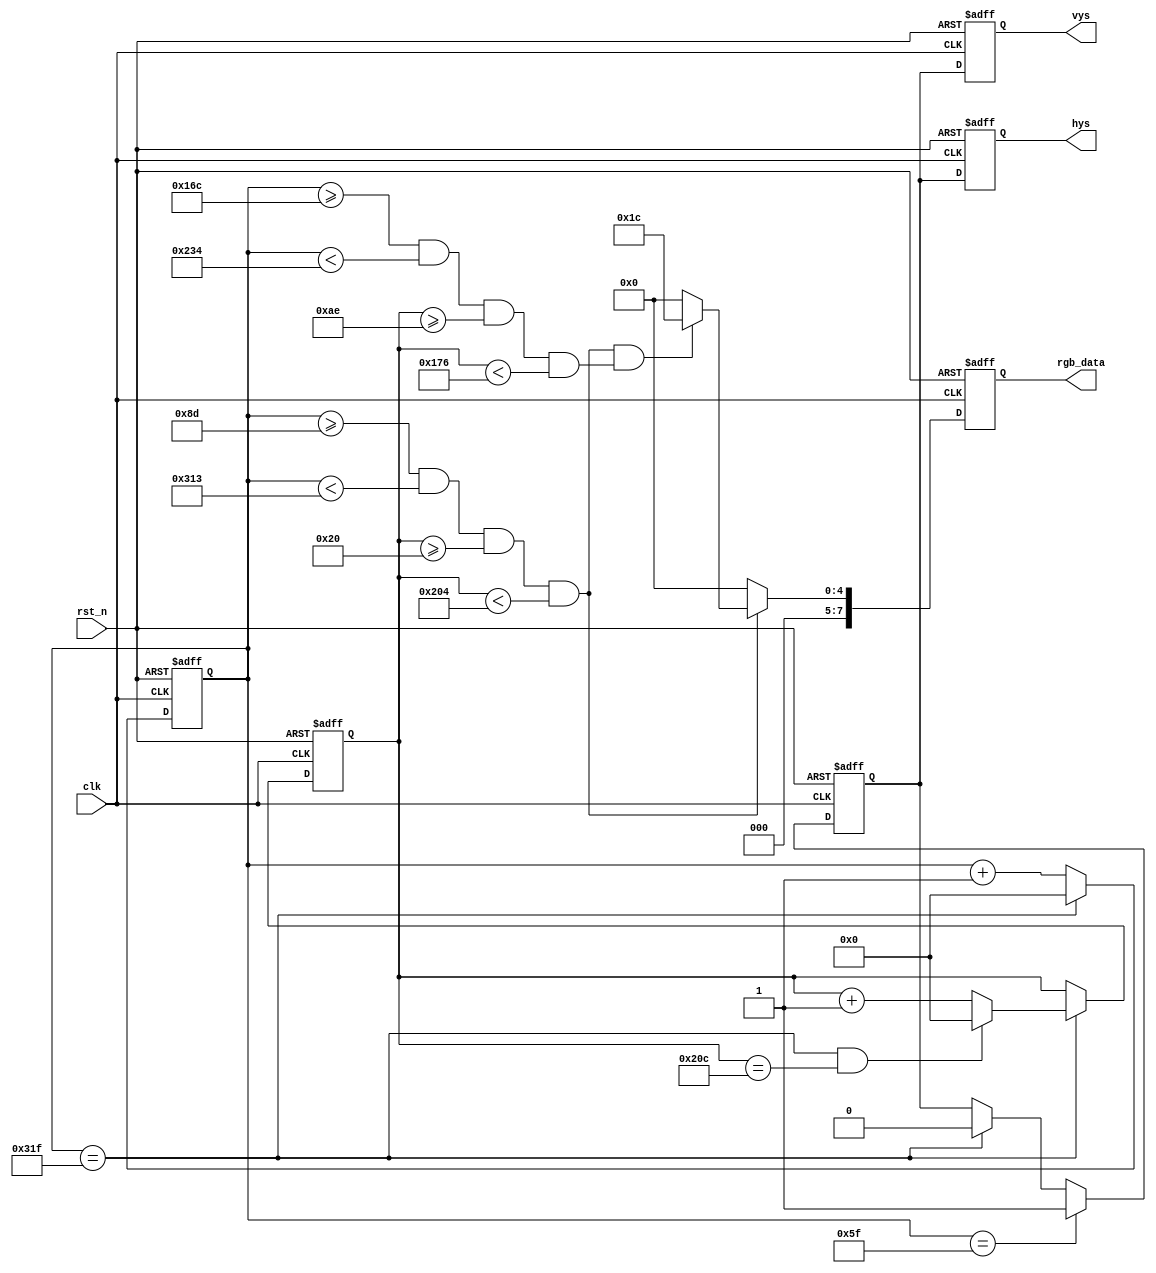
module vga(
    clk,
    rst_n,
    hys,
    vys,
    rgb_data
);

input clk;
input rst_n;
output reg hys;
output reg vys;
output reg [7:0] rgb_data;

reg [31:0] cnt_hs;
wire add_cnt_hs;
wire end_cnt_hs;
reg [31:0] cnt_vs;
wire add_cnt_vs;
wire end_cnt_vs;

wire hs_rise;
wire vs_rise;
wire valid_area;
wire green_area;

reg hys_ff;
reg vys_ff;

//================Counter for HSYNC=====================
always@(posedge clk or negedge rst_n)begin
    if(rst_n==1'b0)begin
        cnt_hs <= 0;
    end
    else if(add_cnt_hs)begin
        if(end_cnt_hs)begin
            cnt_hs <= 0;
        end
        else begin
            cnt_hs <= cnt_hs+1;
        end
    end
end

assign add_cnt_hs = 1;
assign end_cnt_hs = add_cnt_hs && cnt_hs == 800 - 1;
//======================================================

//================Counter for VSYNC=====================
always@(posedge clk or negedge rst_n)begin
    if(rst_n==1'b0)begin
        cnt_vs <= 0;
    end
    else if(add_cnt_vs)begin
        if(end_cnt_vs)begin
            cnt_vs <= 0;
        end
        else begin
            cnt_vs <= cnt_vs+1;
        end
    end
end

assign add_cnt_vs = end_cnt_hs;
assign end_cnt_vs = add_cnt_vs && cnt_vs == 525 - 1;
//======================================================

// 
// hys
assign hs_rise = add_cnt_hs && cnt_hs == 10'd95;
always @(posedge clk or negedge rst_n) begin
    if(rst_n == 1'b0)begin
        hys_ff <= 1;
    end
    else if(hs_rise) begin
        hys_ff <= 1;
    end
    else if(end_cnt_hs)begin
        hys_ff <= 0;
    end
end

// : hysrgb_data
always @(posedge clk or negedge rst_n) begin
    if(rst_n == 1'b0)begin
        hys <= 1;
    end
    else begin
        hys <= hys_ff;
    end
end

// vys
assign vs_rise = add_cnt_vs && cnt_vs == 1'd1;
always @(posedge clk or negedge rst_n) begin
    if(rst_n == 1'b0)begin
        vys_ff <= 1;
    end
    else if(vs_rise) begin
        vys_ff <= 1;
    end
    else if(end_cnt_vs)begin
        vys_ff <= 0;
    end
end

// : vysrgb_data
always @(posedge clk or negedge rst_n) begin
    if(rst_n == 1'b0)begin
        vys <= 1;
    end
    else begin
        vys <= hys_ff;
    end
end

// position of valid area
parameter X0 = 141;
parameter X1 = 787;
parameter Y0 = 32;
parameter Y1 = 516;
// position of green area: 
// [X_CENT-100:X_CENT+100, Y_CENT-100:Y_CENT+100]
parameter X_CENT = 464;
parameter Y_CENT = 274;
// Green and black color definition
parameter GREEN = 8'b000_111_00;
parameter BLACK = 8'b000_000_00;

assign valid_area = add_cnt_hs 
                    && cnt_hs>=X0 && cnt_hs<X1 
                    && cnt_vs>=Y0 && cnt_vs<Y1;
assign green_area = valid_area 
                    && (cnt_hs>=X_CENT-100 && cnt_hs<X_CENT+100 
                    && cnt_vs>=Y_CENT-100 && cnt_vs<Y_CENT+100);

// rgb_data
always @(posedge clk or negedge rst_n) begin
    if(rst_n==1'b0)begin
        rgb_data <= 8'h00;
    end
    else if(valid_area) begin
        if(green_area) begin
            rgb_data <= GREEN;
        end
        else begin
            rgb_data <= BLACK;
        end
    end
    else begin
        rgb_data <= 8'h00;
    end
end

endmodule